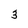
Character: 3